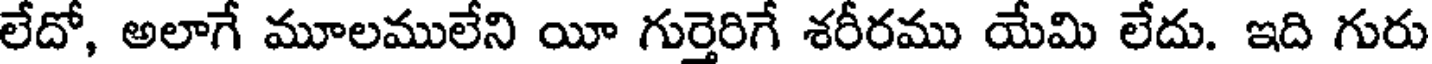
లేదో, అలాగే మూలములేని యీ గుర్తెరిగే శరీరము యేమి లేదు. ఇది గురు